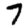
Digit: 7